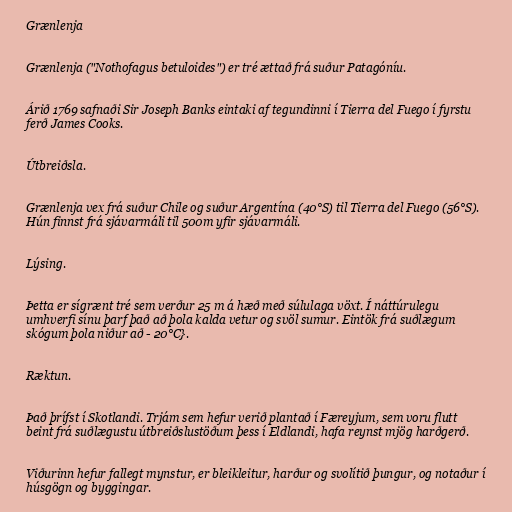
Grænlenja

Grænlenja ("Nothofagus betuloides") er tré ættað frá suður Patagóníu.

Árið 1769 safnaði Sir Joseph Banks eintaki af tegundinni í Tierra del Fuego í fyrstu
ferð James Cooks.

Útbreiðsla.

Grænlenja vex frá suður Chile og suður Argentína (40°S) til Tierra del Fuego (56°S).
Hún finnst frá sjávarmáli til 500m yfir sjávarmáli.

Lýsing.

Þetta er sígrænt tré sem verður 25 m á hæð með súlulaga vöxt. Í náttúrulegu
umhverfi sínu þarf það að þola kalda vetur og svöl sumur. Eintök frá suðlægum
skógum þola niður að - 20°C}.

Ræktun.

Það þrífst í Skotlandi. Trjám sem hefur verið plantað í Færeyjum, sem voru flutt
beint frá suðlægustu útbreiðslustöðum þess í Eldlandi, hafa reynst mjög harðgerð.

Viðurinn hefur fallegt mynstur, er bleikleitur, harður og svolítið þungur, og notaður í
húsgögn og byggingar.